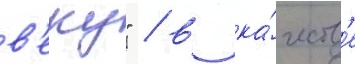
в'еку" / в ка́честв'е